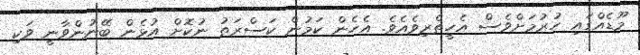
މޫޑެއްގައި ހުރުމަށްވެސް އެހީތެރިވެއެވެ. އެހެން ކަމުން ކަސްރަތު ނުކޮށް އުޅެން ބޭނުންވާނީ ވަކި